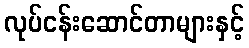
လုပ်ငန်းဆောင်တာများနှင့်